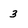
Character: 3